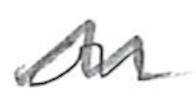
Text: on
Cross-out: wave
Writing tool: pencil